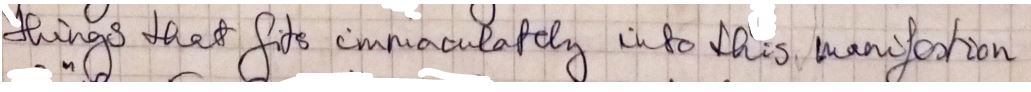
things that fits immediately into this, many-action